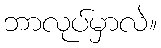
ဘာလုပ်မှာလဲ။